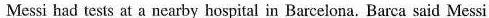
Messi had tests at a nearby hospital in Barcelona. Barca said Messi